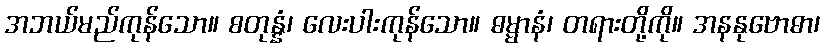
အဘယ်မည်ကုန်သော။ စတုန္နံ၊ လေးပါးကုန်သော။ ဓမ္မာနံ၊ တရားတို့ကို။ အနနုဗောဓာ၊